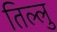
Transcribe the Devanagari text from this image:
तिल्लु